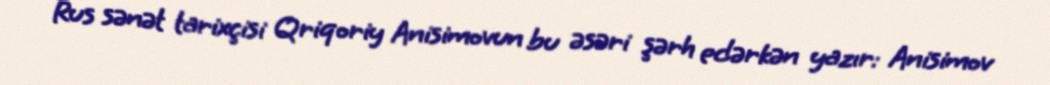
Rus sənət tarixçisi Qriqoriy Anisimovun bu əsəri şərh edərkən yazır: Anisimov